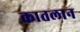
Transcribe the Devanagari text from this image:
कातलान